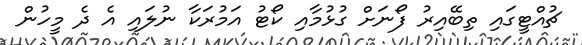
ޗުއްޓީގައި ތިބޭއިރު ފޯނަށް ގުޅުމާއި ކޯޓު އަމުރަކާ ނުލައި އެ ދެ މީހުން